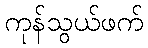
ကုန်သွယ်ဖက်